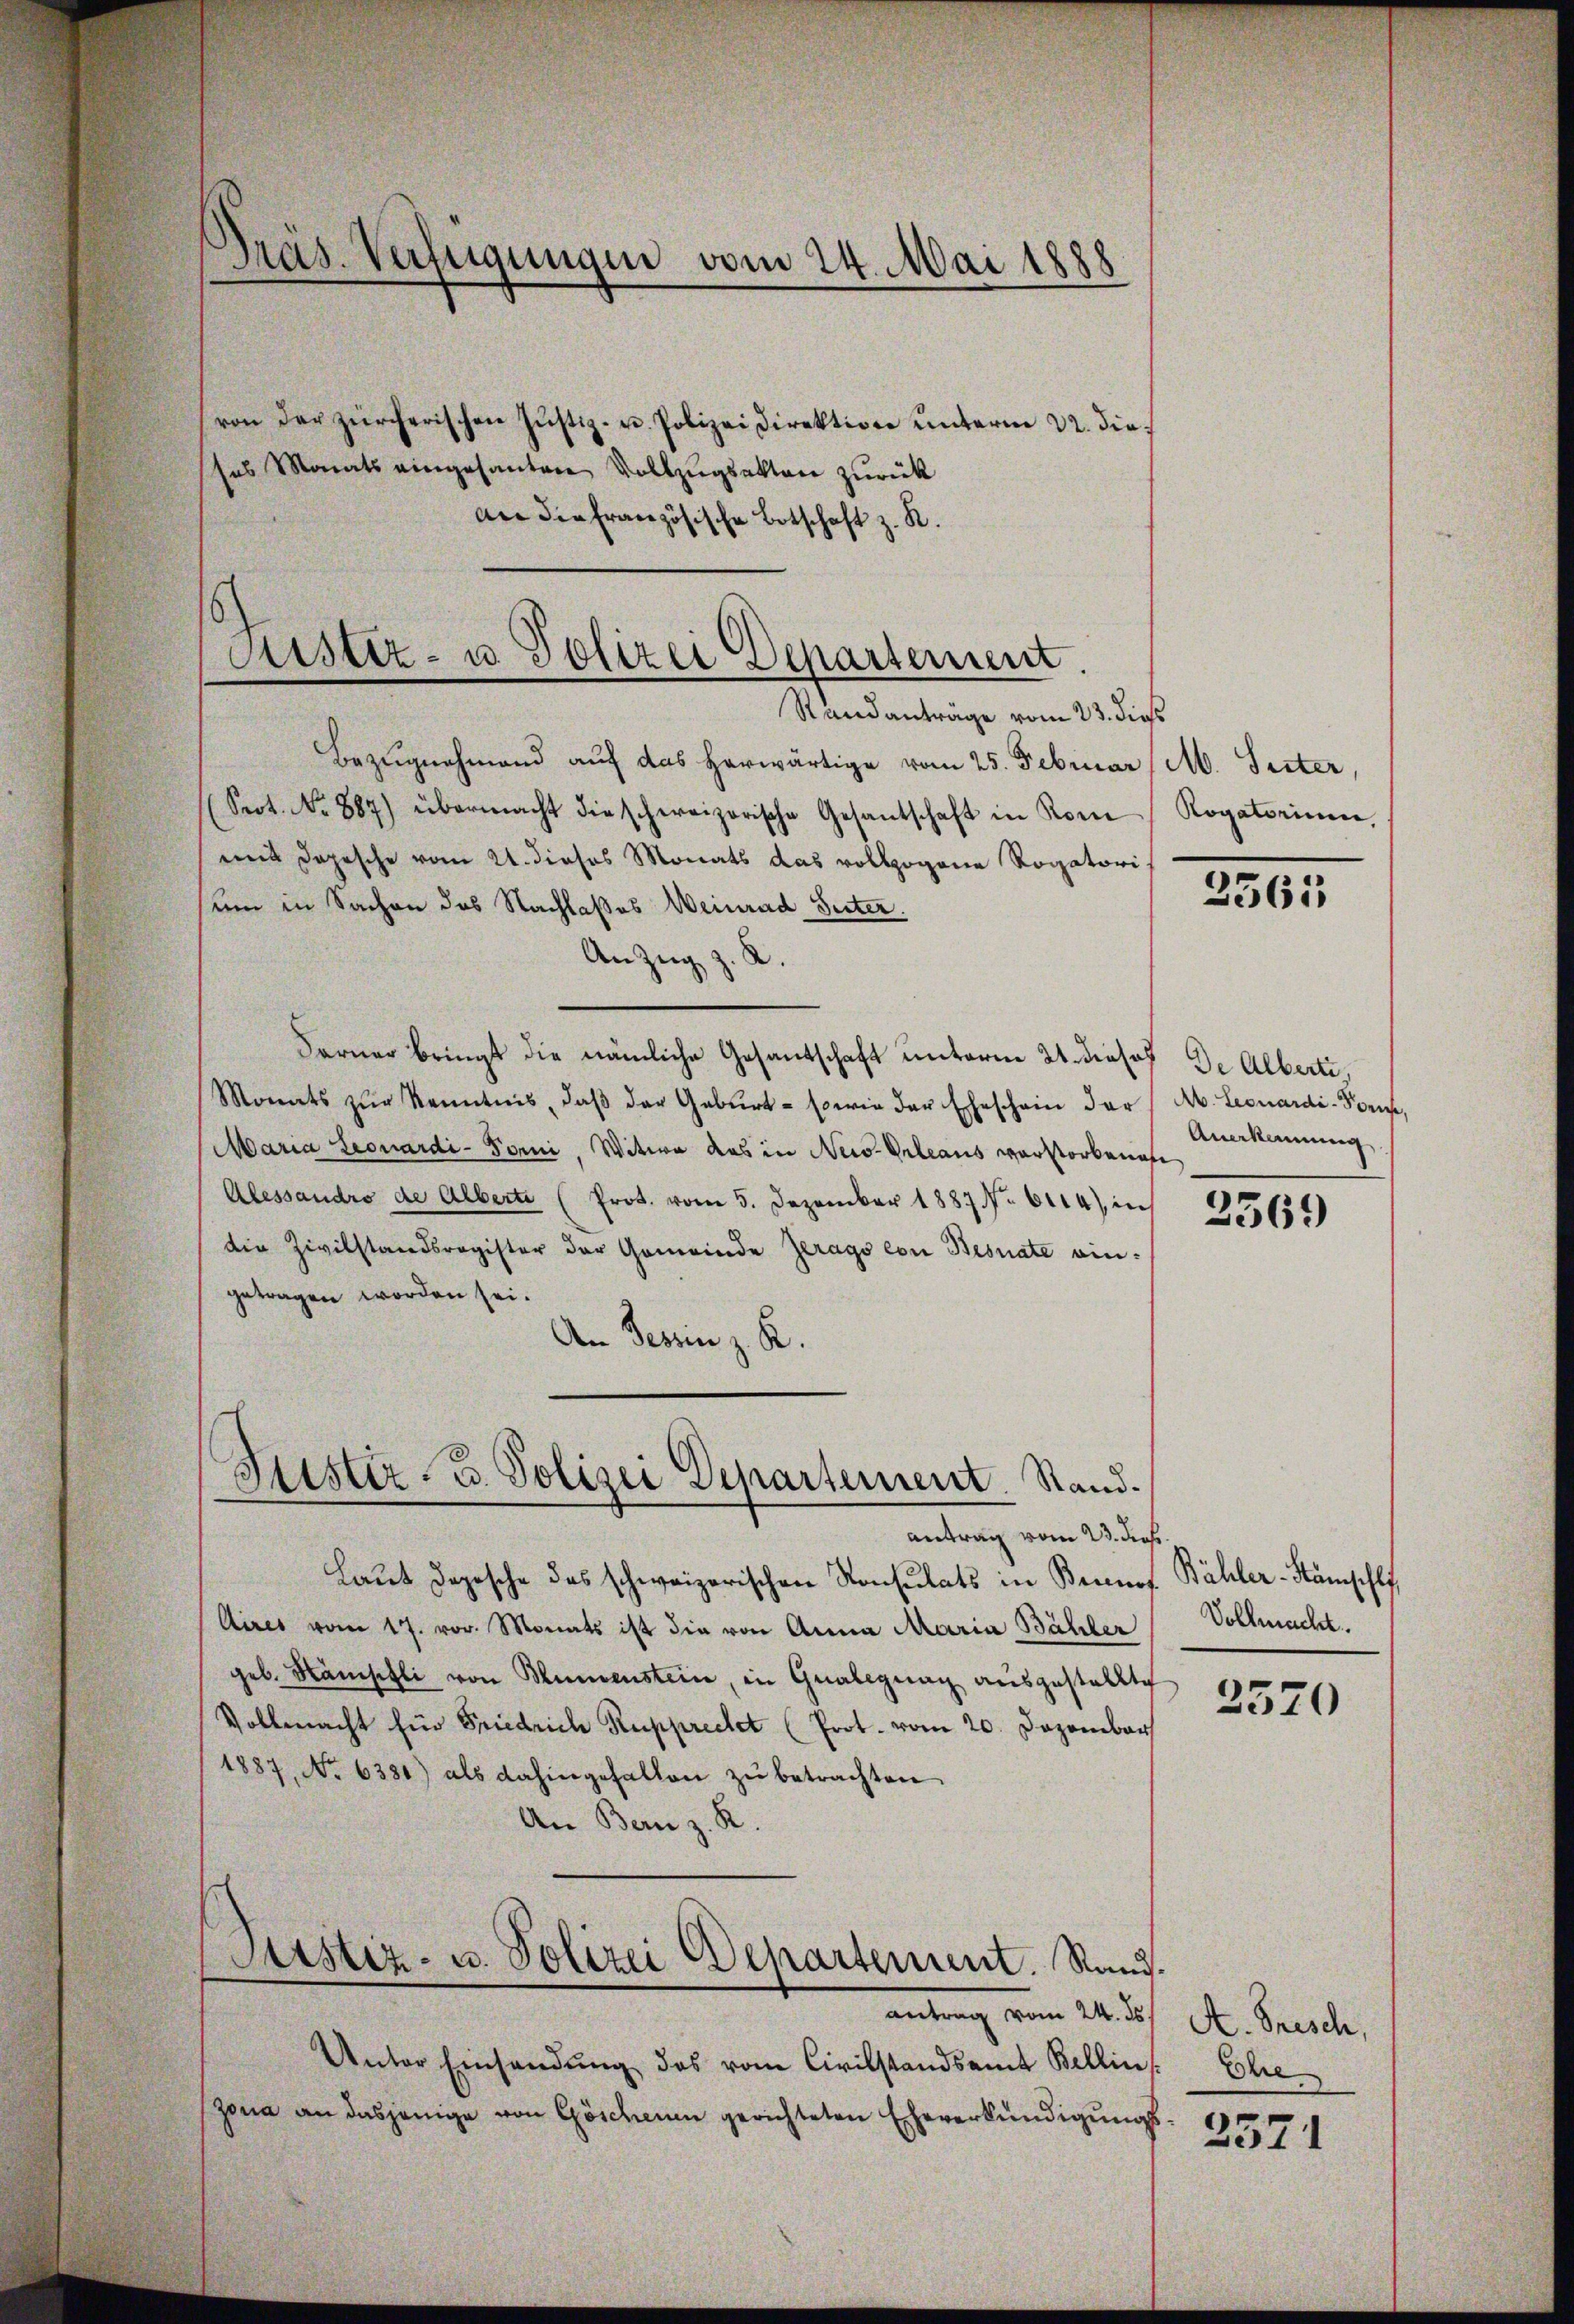
Pras. Verfügungen vom 24. Mai 1888

von der zürcherischen Jŭstiz- u. Polizeidirektion ŭnterm 22. die
ses Monats eingesanten Vollzŭgsakten zurück
An die französische Botschaft z. R.
Bezugnahmend auf das herwärtige vom 25. Februar, M. Seiter,
(Seot. No 887) übermacht die schweizerische Gesantschaft in Kon Rogatorium,
mit Depesche vom 21. dieses Monats das vollzogene Rogatori
sum in Sachen des Nachlaßes Weinrad Seiter.
An Zug z. K.
Farner bringt die nämliche Gesantschaft unterm 21. dieses de Alberti,
Monats zŭr Kenntnis, daβ der Geburt - sowie der Eheschein der (Ab. Leonardi-Keise,
Maria Leonardi-Forni, Witwe das in New-Orleaus verstorbenef
Alessandro de Alberte (Prot. vom 5. Dezember 1887. 6114) in
die Zivilstandsregister der Gemeinde Zerago con Besnate eingetragen worden sei.
An Tessin z. R.
Jüster- u. Polizei Departement. Stand.
antrag vom 23. dies
Laut Depesche des schweizerischen Konsulats in Bennef Bähler-Kämschl
Aires vom 17. vor. Monats ist die von Anna Maria Bähler
geb. Nämschli von Blumenstein, in Grabegnag aŭsgestellte

Justiz- u. Polizei Departement.
Standanträge vom 23. dies

Vollmacht für Friedrich Rupprechet (Prot. vom 20. Dezember
1887, No 6381) als dahingefallen zŭ betrachten
An Bern z. R.
Arstiz- u. Polizei Departement. Rand.
antrag vom 24. ds.
Unter Einsendŭng des vom Civilstandsamt Bellin
zona an dasjenige von Göschenen gerichteten Eheverkündigungs¬

2561

Anerkennung

2369

Vollmacht.

2570

A. Frisch,
Ehe

2571